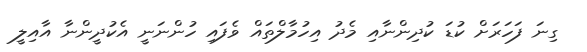
ގިނަ ފަހަރަަށް ކުޑަ ކުދިންނާއި މެދު އިހުމާލްތައް ވެފައި ހުންނަނީ އެކުދީންނާ އާއިލީ